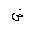
Letter: _dad